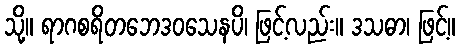
သို့။ ရာဂစရိတဘေဒဝသေနပိ၊ ဖြင့်လည်း။ ဒသဓာ၊ ဖြင့်။